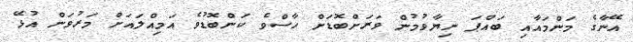
އޭނާގެ މަންމައާއި ބައްޕަ ނިޔާވުމުން ވަރަށްބޮޑަށް ހާސްވެ ކަންބޮޑުވެ އަމިއްލައަށް މަރުވަން އުޅޭ